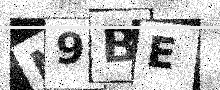
Text: N9BE